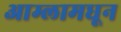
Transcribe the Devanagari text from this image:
आम्लामधून